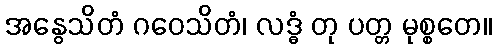
အနွေသိတံ ဂဝေသိတံ၊ လဒ္ဓံ တု ပတ္တ မုစ္စတေ။